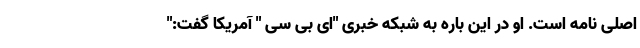
اصلی نامه است. او در این باره به شبکه خبری "ای بی سی " آمریکا گفت:"